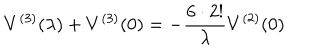
V ^ { ( 3 ) } ( \lambda ) + V ^ { ( 3 ) } ( 0 ) = - { \frac { 6 \cdot 2 ! } { \lambda } } V ^ { ( 2 ) } ( 0 )